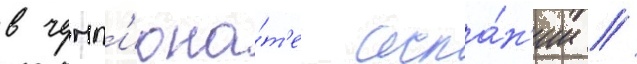
в чемп'иона́т'е испа́н'ии //